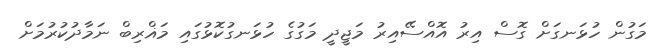
މަގުން ހުޅަނގަށް ގޮސް އިރު އޮއްސޭއިރު މަޖީދީ މަގުގެ ހުޅަނގުކޮޅުގައި މަޣްރިބް ނަމާދުކުރުމަށް